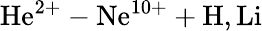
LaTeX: \mathrm{He^{2+}-Ne^{10+}+H,Li}